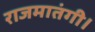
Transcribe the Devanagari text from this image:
राजमातंगी।